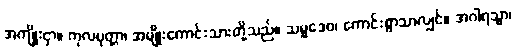
အကျိုးငှာ။ ကုလပုတ္တာ၊ အမျိုးကောင်းသားတို့သည်။ သမ္မဒေဝ၊ ကောင်းစွာသာလျှင်။ အဂါရသ္မာ၊